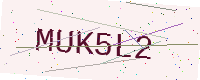
Text: MUK5L2